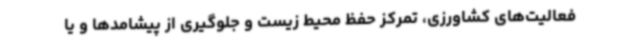
فعالیت‌های کشاورزی، تمرکز حفظ محیط زیست و جلوگیری از پیشامدها و یا